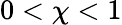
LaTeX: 0<\chi<1